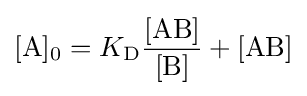
[{\ce {A}}]_{0}=K_{\mathrm {D} }{\frac {[{\mathrm {AB} }]}{[{\ce {B}}]}}+[{\mathrm {AB} }]